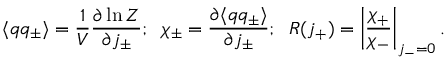
\langle q q _ { \pm } \rangle = { \frac { 1 } { V } } { \frac { \partial \ln Z } { \partial j _ { \pm } } } ; \; \; \chi _ { \pm } = { \frac { \partial \langle q q _ { \pm } \rangle } { \partial j _ { \pm } } } ; \; \; R ( j _ { + } ) = \left\vert { \frac { \chi _ { + } } { \chi _ { - } } } \right\vert _ { j _ { - } = 0 } .